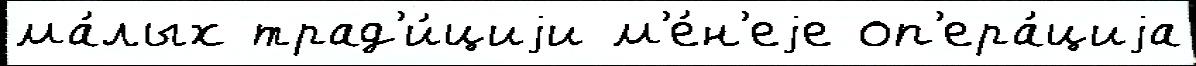
ма́лых трад'и́циjи м'е́н'еjе оп'ера́циjа